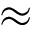
\approx